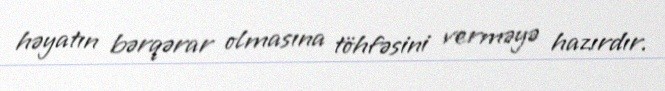
həyatın bərqərar olmasına töhfəsini verməyə hazırdır.